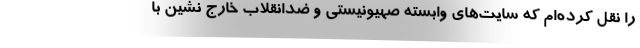
را نقل کرده‌ام که سایت‌های وابسته صهیونیستی و ضدانقلاب خارج نشین با